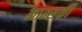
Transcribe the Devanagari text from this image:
नाम्सकी